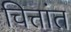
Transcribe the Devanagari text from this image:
चित्तांत